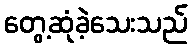
တွေ့ဆုံခဲ့သေးသည်